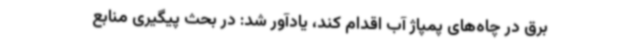
برق در چاه‌های پمپاژ آب اقدام کند، یادآور شد: در بحث پیگیری منابع